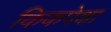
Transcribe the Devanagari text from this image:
किकपेक्षा